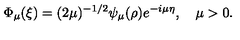
\Phi _ { \mu } ( \xi ) = ( 2 \mu ) ^ { - 1 / 2 } \psi _ { \mu } ( \rho ) e ^ { - i \mu \eta } , \quad \mu > 0 .